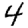
Digit: 4